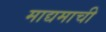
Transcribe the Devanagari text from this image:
माद्यमाची